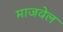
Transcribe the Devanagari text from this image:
माजवेल